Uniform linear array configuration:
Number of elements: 64
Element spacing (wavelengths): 1
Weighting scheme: blackman
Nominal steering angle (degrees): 0
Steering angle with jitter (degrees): -0.05184
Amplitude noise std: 0.05
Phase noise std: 0.05

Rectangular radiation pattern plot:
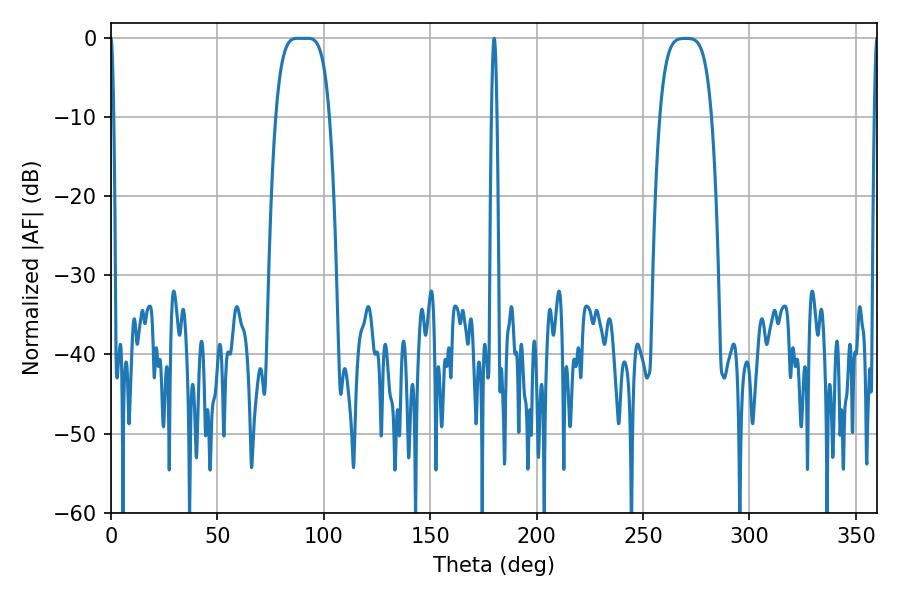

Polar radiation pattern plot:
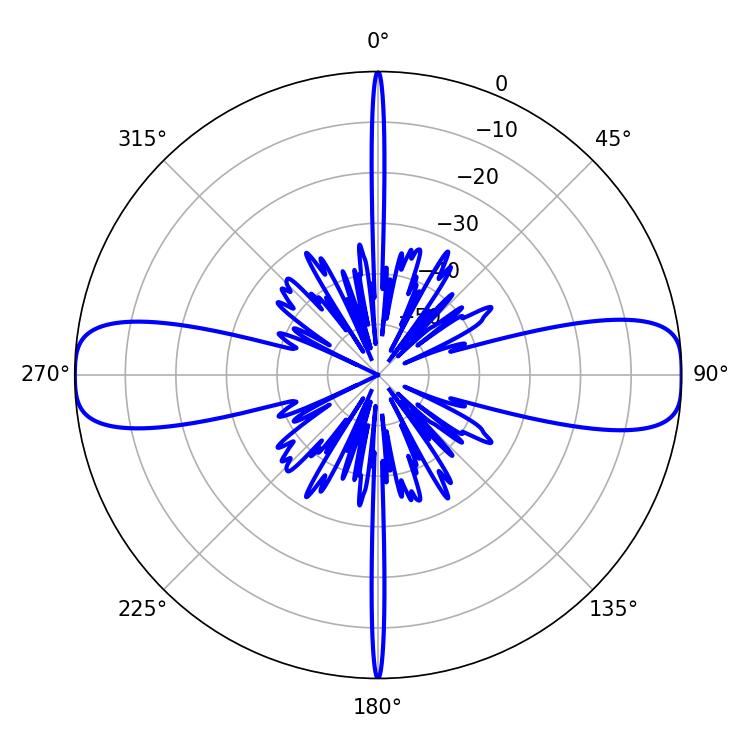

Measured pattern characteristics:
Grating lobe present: TRUE
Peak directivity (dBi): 19.453
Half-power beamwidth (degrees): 19.08
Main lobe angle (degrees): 87.66